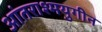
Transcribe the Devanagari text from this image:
आंतराश्मयुगीन